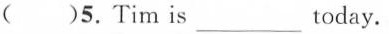
( )5.Tim is ___ today.